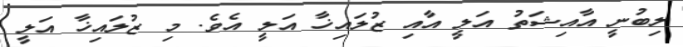
ލިބުނީ އާއިޝަތު އަލީ އާއި ޒުލައިޚާ އަލީ އެވެ. މި ޒުލައިޚާ އަލީ